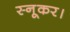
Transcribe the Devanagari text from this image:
स्नूकर।